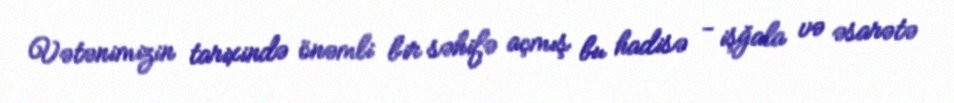
Vətənimizin tarixində önəmli bir səhifə açmış bu hadisə - işğala və əsarətə